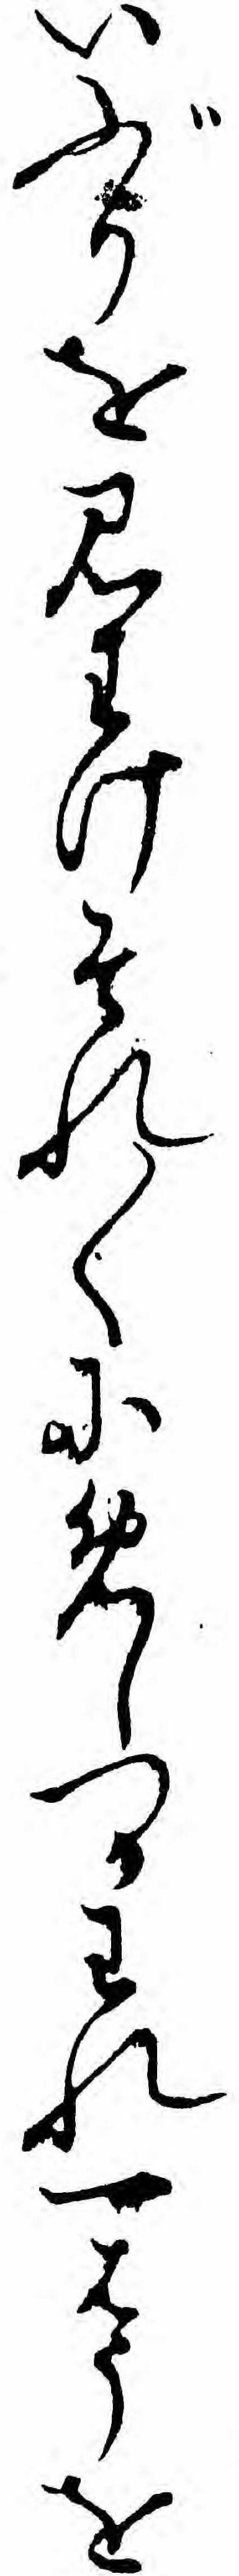
いぶりを見わけそれ〱にめしつかわれ一はうを